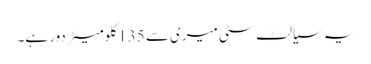
یہ سیالٹ سٹی میری سے 135 کلومیٹر دور ہے۔